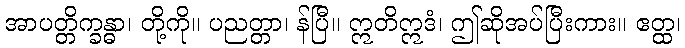
အာပတ္တိက္ခန္ဓာ၊ တို့ကို။ ပညတ္တာ၊ န်ပြီ။ ဣတိဣဒံ၊ ဤဆိုအပ်ပြီးကား။ ဧတ္ထ၊